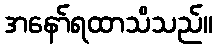
အနော်ရထာသိသည်။